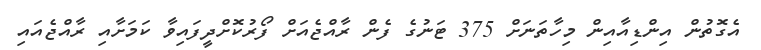
އެގޮތުން އިންޑިއާއިން މިހާތަނަށް 375 ޓަނުގެ ފެން ރާއްޖެއަށް ފޯރުކޮށްދީފައިވާ ކަމަށާއި ރާއްޖެއައި